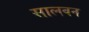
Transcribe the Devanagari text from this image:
सालवन